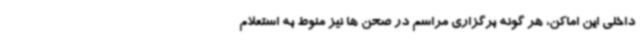
داخلی این اماکن، هر گونه برگزاری مراسم در صحن ها نیز منوط به استعلام